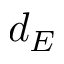
d _ { E }